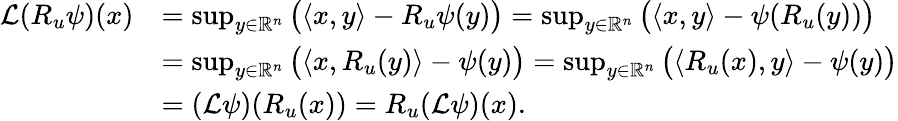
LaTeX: \begin{array}{rl}{\mathcal{L}(R_{u}\psi)(x)}&{=\operatorname*{sup}_{y\in\mathbb{R}^{n}}\big(\langle x,y\rangle-R_{u}\psi(y)\big)=\operatorname*{sup}_{y\in\mathbb{R}^{n}}\big(\langle x,y\rangle-\psi(R_{u}(y))\big)}\\ &{=\operatorname*{sup}_{y\in\mathbb{R}^{n}}\big(\langle x,R_{u}(y)\rangle-\psi(y)\big)=\operatorname*{sup}_{y\in\mathbb{R}^{n}}\big(\langle R_{u}(x),y\rangle-\psi(y)\big)}\\ &{=(\mathcal{L}\psi)(R_{u}(x))=R_{u}(\mathcal{L}\psi)(x).}\end{array}